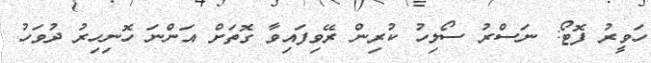
ހަވީރު ފޮޓޯ: ނަސްރު ސޯލިހު ކުރިން ރޭވިފައިވާ ގޮތަށް އަންނަ ހޮނިހިރު ދުވަހު